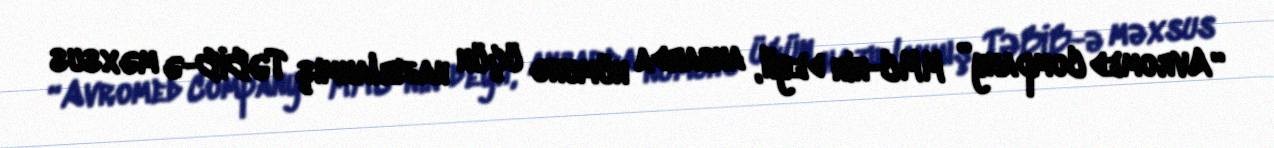
“Avromed Company” MMC-nin deyil, anbarda nümunə üçün hazırlanmış TƏBİB-ə məxsus